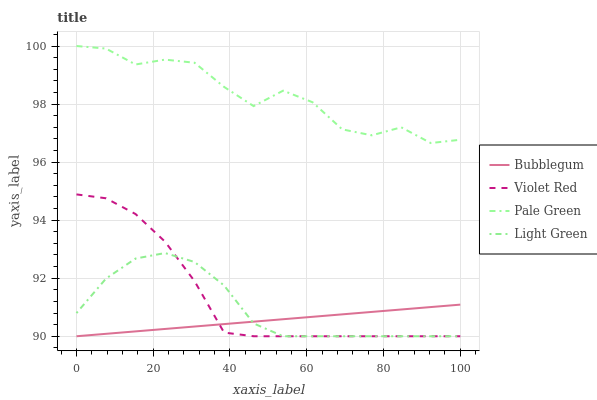
| xaxis_label | Bubblegum | Violet Red | Pale Green | Light Green |
 | --- | --- | --- | --- | --- |
 | 0 | 90 | 94.9 | 100 | 90.8 |
 | 7.69 | 90.1 | 94.8 | 99.9 | 92 |
 | 15.4 | 90.2 | 94.2 | 99.4 | 92.7 |
 | 23.1 | 90.3 | 93.3 | 99.5 | 92.9 |
 | 30.8 | 90.3 | 91.9 | 99.4 | 92.6 |
 | 38.5 | 90.4 | 90.1 | 98.6 | 91.7 |
 | 46.2 | 90.5 | 90 | 97.9 | 90.4 |
 | 53.8 | 90.6 | 90 | 98.5 | 90 |
 | 61.5 | 90.7 | 90 | 98.1 | 90 |
 | 69.2 | 90.8 | 90 | 97.1 | 90 |
 | 76.9 | 90.8 | 90 | 96.9 | 90 |
 | 84.6 | 90.9 | 90 | 97.2 | 90 |
 | 92.3 | 91 | 90 | 96.7 | 90 |
 | 100 | 91.1 | 90 | 96.8 | 90 |